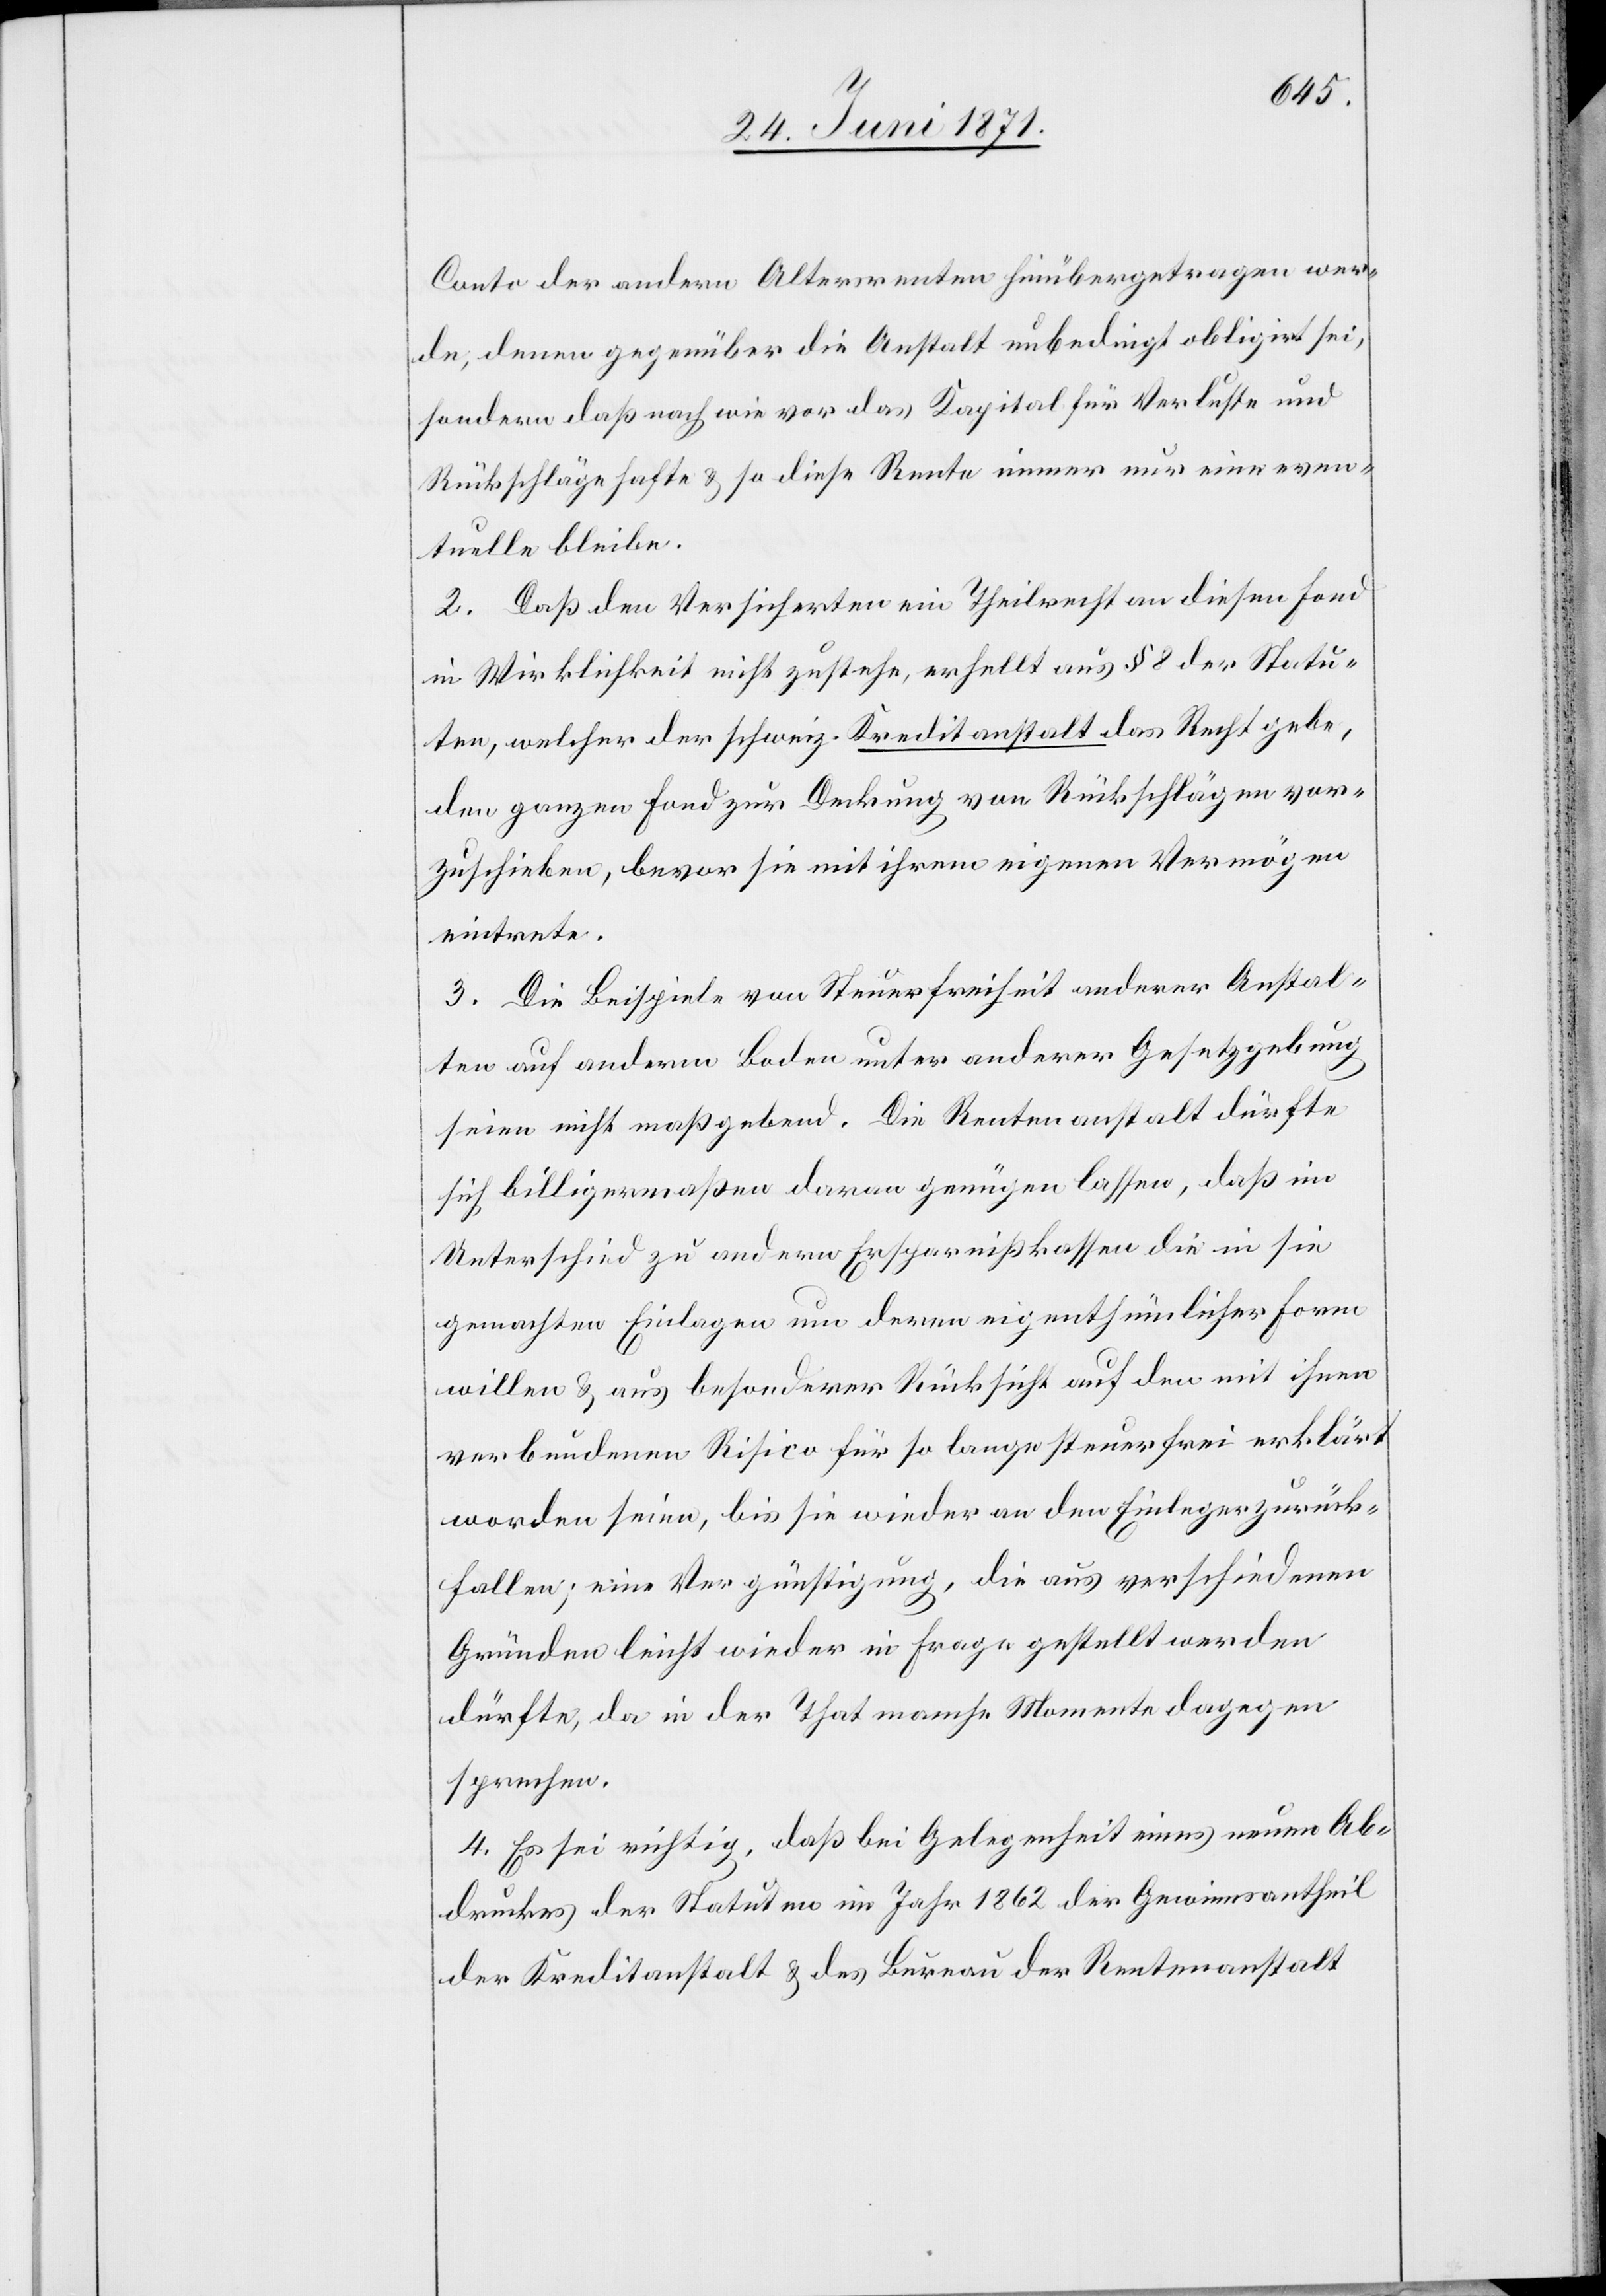
Conto der andern Altersrenten hinübergetragen wer¬
de, denen gegenüber die Anstalt unbedingt obligirt sei,
sondern daß nach wie vor das Kapital für Verluste und
Rückschläge hafte u. so diese Rente immer nur eine even¬
tuelle bleibe.
2. Daß den Versicherten ein Theilrecht an diesen Fond
in Wirklichkeit nicht zustehe, erhellt aus § 8 der Statu¬
ten, welcher der schweiz. Kreditanstalt das Recht gebe,
den ganzen Fond zur Deckung von Rückschlägen vor¬
zuschieben, bevor sie mit ihrem eigenen Vermögen
eintrete.
3. Die Beispiele von Steuerfreiheit anderer Anstal¬
ten auf anderm Boden unter anderer Gesetzgebung
seien nicht maßgebend. Die Rentenanstalt dürfte
sich billigermaßen daran genügen lassen, daß im
Unterschied zu andern Ersparnißkassen die in sie
gemachten Einlagen um deren eigenthümlicher Form
willen u. aus besonderer Rücksicht auf den mit ihnen
verbundenen Risico für so lange steuerfrei erklärt
worden seien, bis sie wieder an den Einleger zurück
fallen; eine Vergünstigung, die aus verschiedenen
Gründen leicht wieder in Frage gestellt werden
dürfte, da in der That manche Momente dagegen
sprechen.
4. Es sei richtig, daß bei Gelegenheit eines neuen Ab¬
druckes der Statuten im Jahr 1862 der Gewinnsantheil
der Kreditanstalt u. des Bureau der Rentenanstalt